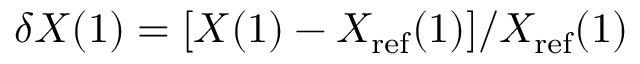
\delta X ( 1 ) = [ X ( 1 ) - X _ { \mathrm { r e f } } ( 1 ) ] / X _ { \mathrm { r e f } } ( 1 )